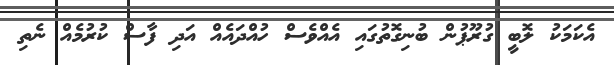
އެކަމަކު ލޮބީ ގުރޫޕުން ބުނިގޮތުގައި އެއްވެސް ހުއްދައެއް އަދި ފާސް ކުރުމެއް ނެތި